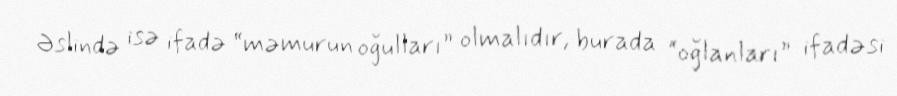
Əslində isə ifadə “məmurun oğulları” olmalıdır, burada “oğlanları” ifadəsi